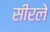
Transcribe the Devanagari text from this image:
सीरले